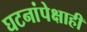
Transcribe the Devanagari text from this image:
घटनांपेक्षाही